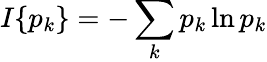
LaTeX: I\{ p_{k}\} =-\sum_{k}p_{k}\ln p_{k}